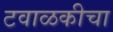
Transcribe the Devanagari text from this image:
टवाळकीचा